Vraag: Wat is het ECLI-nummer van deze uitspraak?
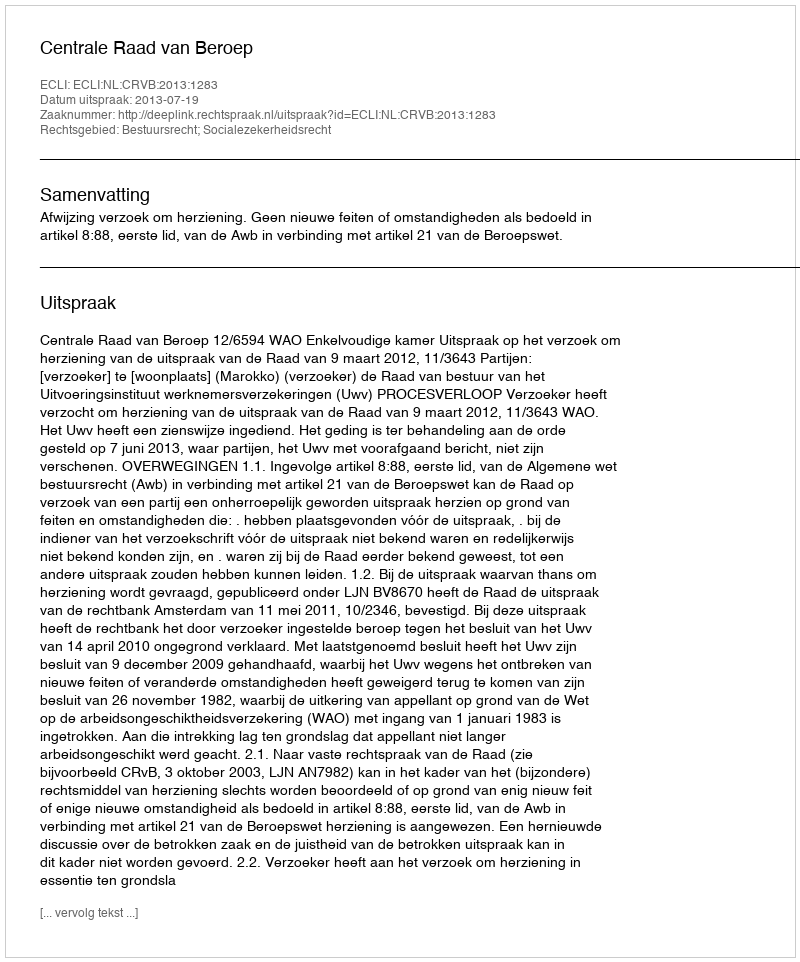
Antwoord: ECLI:NL:CRVB:2013:1283